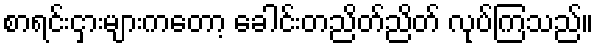
စာရင်းငှားများကတော့ ခေါင်းတညိတ်ညိတ် လုပ်ကြသည်။